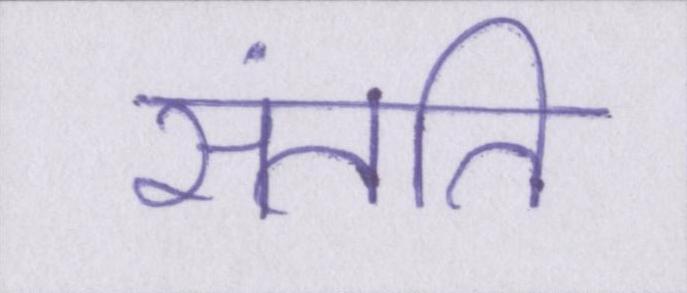
संतति